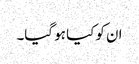
ان کو کیا ہو گیا۔